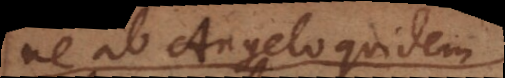
ne ab Angelo quidem